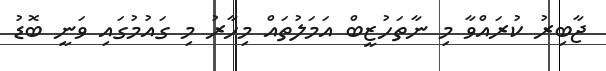
ޖާބިރު ކުރައްވާ މި ނާތަހުޒީބް އަމަލުތައް މިހާރު މި ގައުމުގައި ވަނީ ބޮޑު